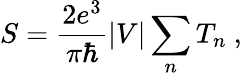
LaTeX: S={\frac{2e^{3}}{\pi\hbar}}\vert V\vert\sum_{n}T_{n}\ ,